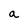
Character: a